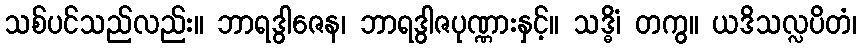
သစ်ပင်သည်လည်း။ ဘာရဒွါဇေန၊ ဘာရဒွါဇပုဏ္ဏားနှင့်။ သဒ္ဓိံ၊ တကွ။ ယဒိသလ္လပိတံ၊